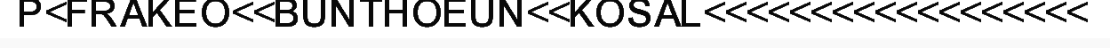
P<FRAKEO<<BUNTHOEUN<<KOSAL<<<<<<<<<<<<<<<<<<